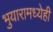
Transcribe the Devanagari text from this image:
भुयारामध्येही